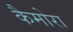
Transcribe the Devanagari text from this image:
कैमोरा